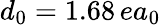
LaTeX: d_{0}=1.68\, ea_{0}